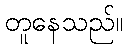
တူနေသည်။